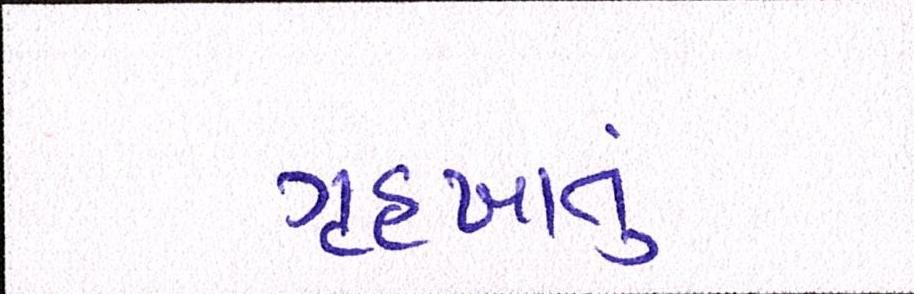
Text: ગૃહખાતું